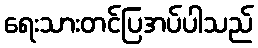
ရေးသားတင်ပြအပ်ပါသည်